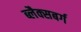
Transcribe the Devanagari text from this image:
ब्लैक्सबर्ग